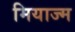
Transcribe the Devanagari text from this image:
मियाज्म